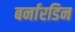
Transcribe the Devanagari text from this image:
बर्नारडिन